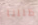
ظللنا